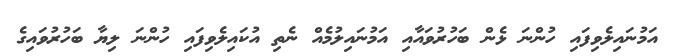
އަމުނައިލެވިފައި ހުންނަ ޅެން ބަހުރުވައާއި އަމުނައިލުމެއް ނެތި އުކައިލެވިފައި ހުންނަ ލިޔާ ބަހުރުވައިގެ